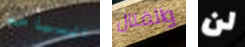
السباحه والقتال لن